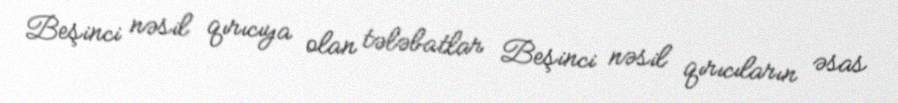
Beşinci nəsil qırıcıya olan tələbatlar Beşinci nəsil qırıcıların əsas